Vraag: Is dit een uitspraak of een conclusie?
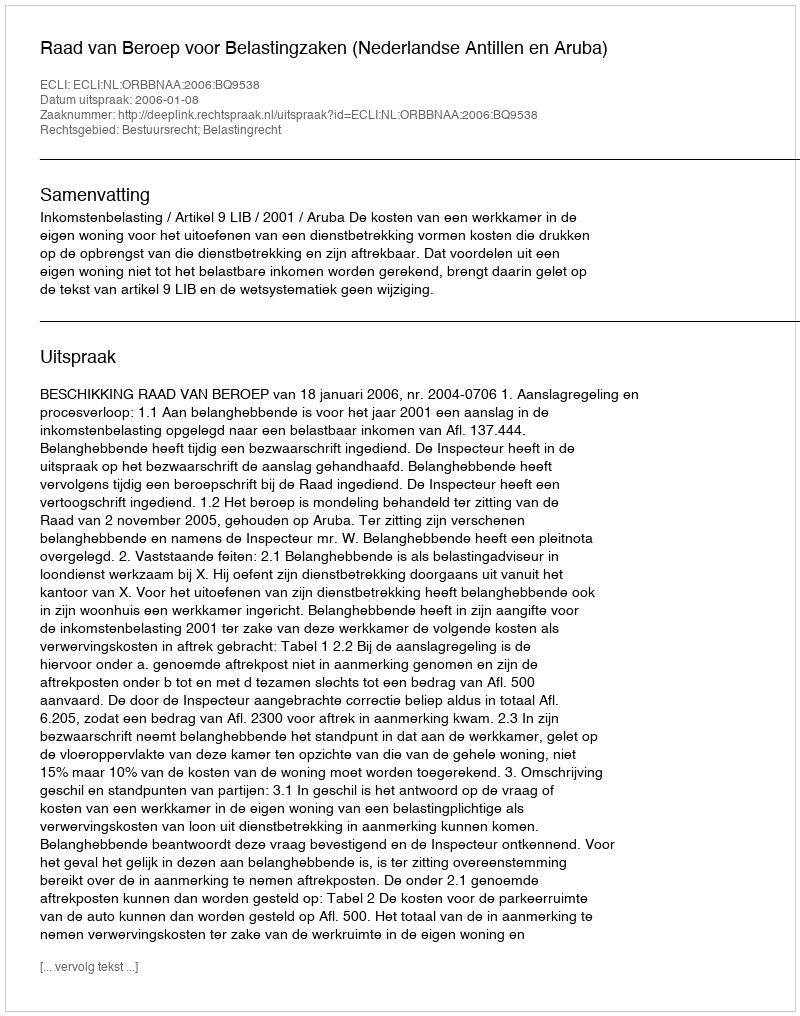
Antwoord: Uitspraak